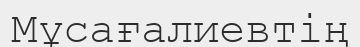
Мұсағалиевтің